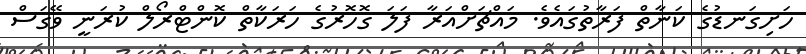
ހަށިގަނޑުގެ ކަނާތް ފަރާތުގައެވެ. މައްޗަށްއަރާ ފަލަ ގޮހޮރުގެ ހަރަކާތް ކޮންޓްރޯލް ކުރަނީ ވޭގަސް